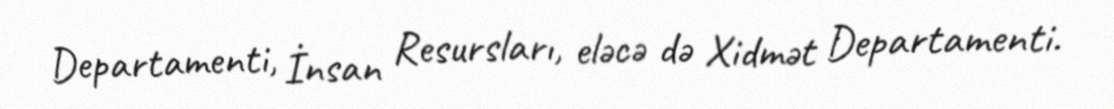
Departamenti, İnsan Resursları, eləcə də Xidmət Departamenti.